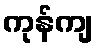
ကုန်ကျ